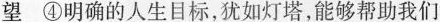
望 ④明确的人生目标，犹如灯塔，能够帮助我们